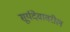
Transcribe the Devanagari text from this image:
सूर्यदेवावरील